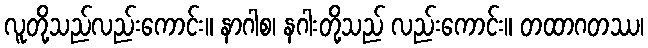
လူတို့သည်လည်းကောင်း။ နာဂါစ၊ နဂါးတို့သည် လည်းကောင်း။ တထာဂတဿ၊